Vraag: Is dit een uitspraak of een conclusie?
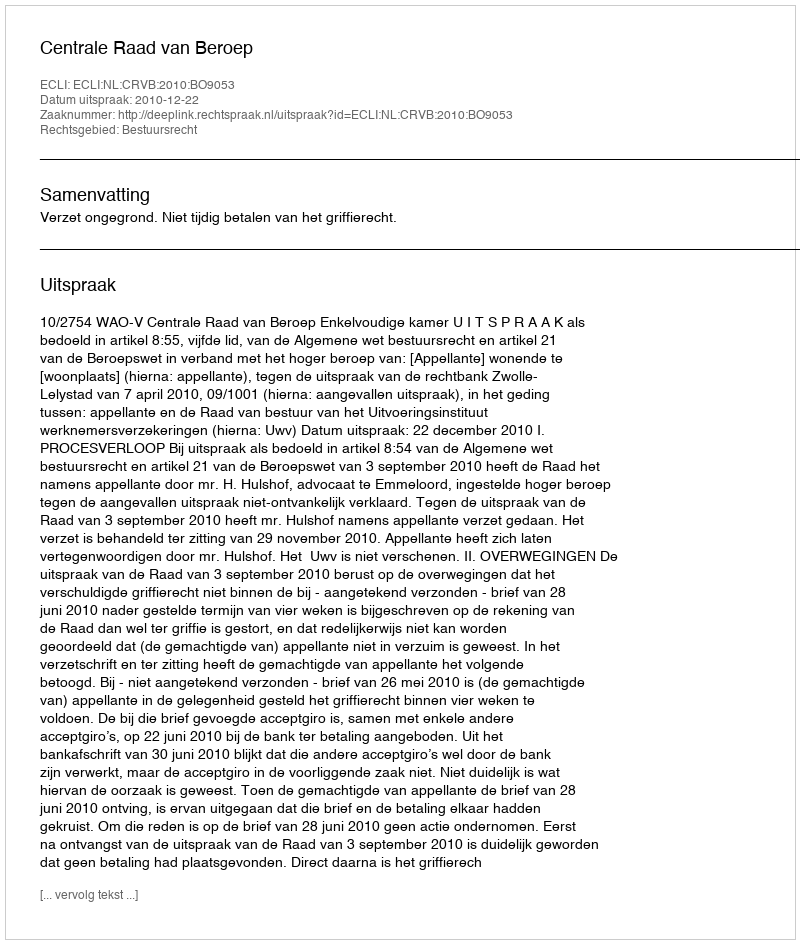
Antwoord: Uitspraak